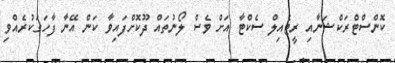
ކޮންސްޓްރަކްޝަނާއި ރީޓެއިލް ސެކްޓާ އަށް ވެސް ލޯނުތައް ދޫކޮށްފައިވާ ކަން އޭނާ ފާހަގަކުރެއްވި